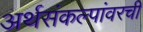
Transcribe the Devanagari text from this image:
अर्थसंकल्पांवरची